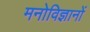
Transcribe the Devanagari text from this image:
मनोविज्ञानों